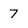
Character: 7